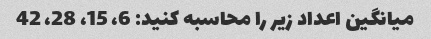
میانگین اعداد زیر را محاسبه کنید: 6، 15، 28، 42